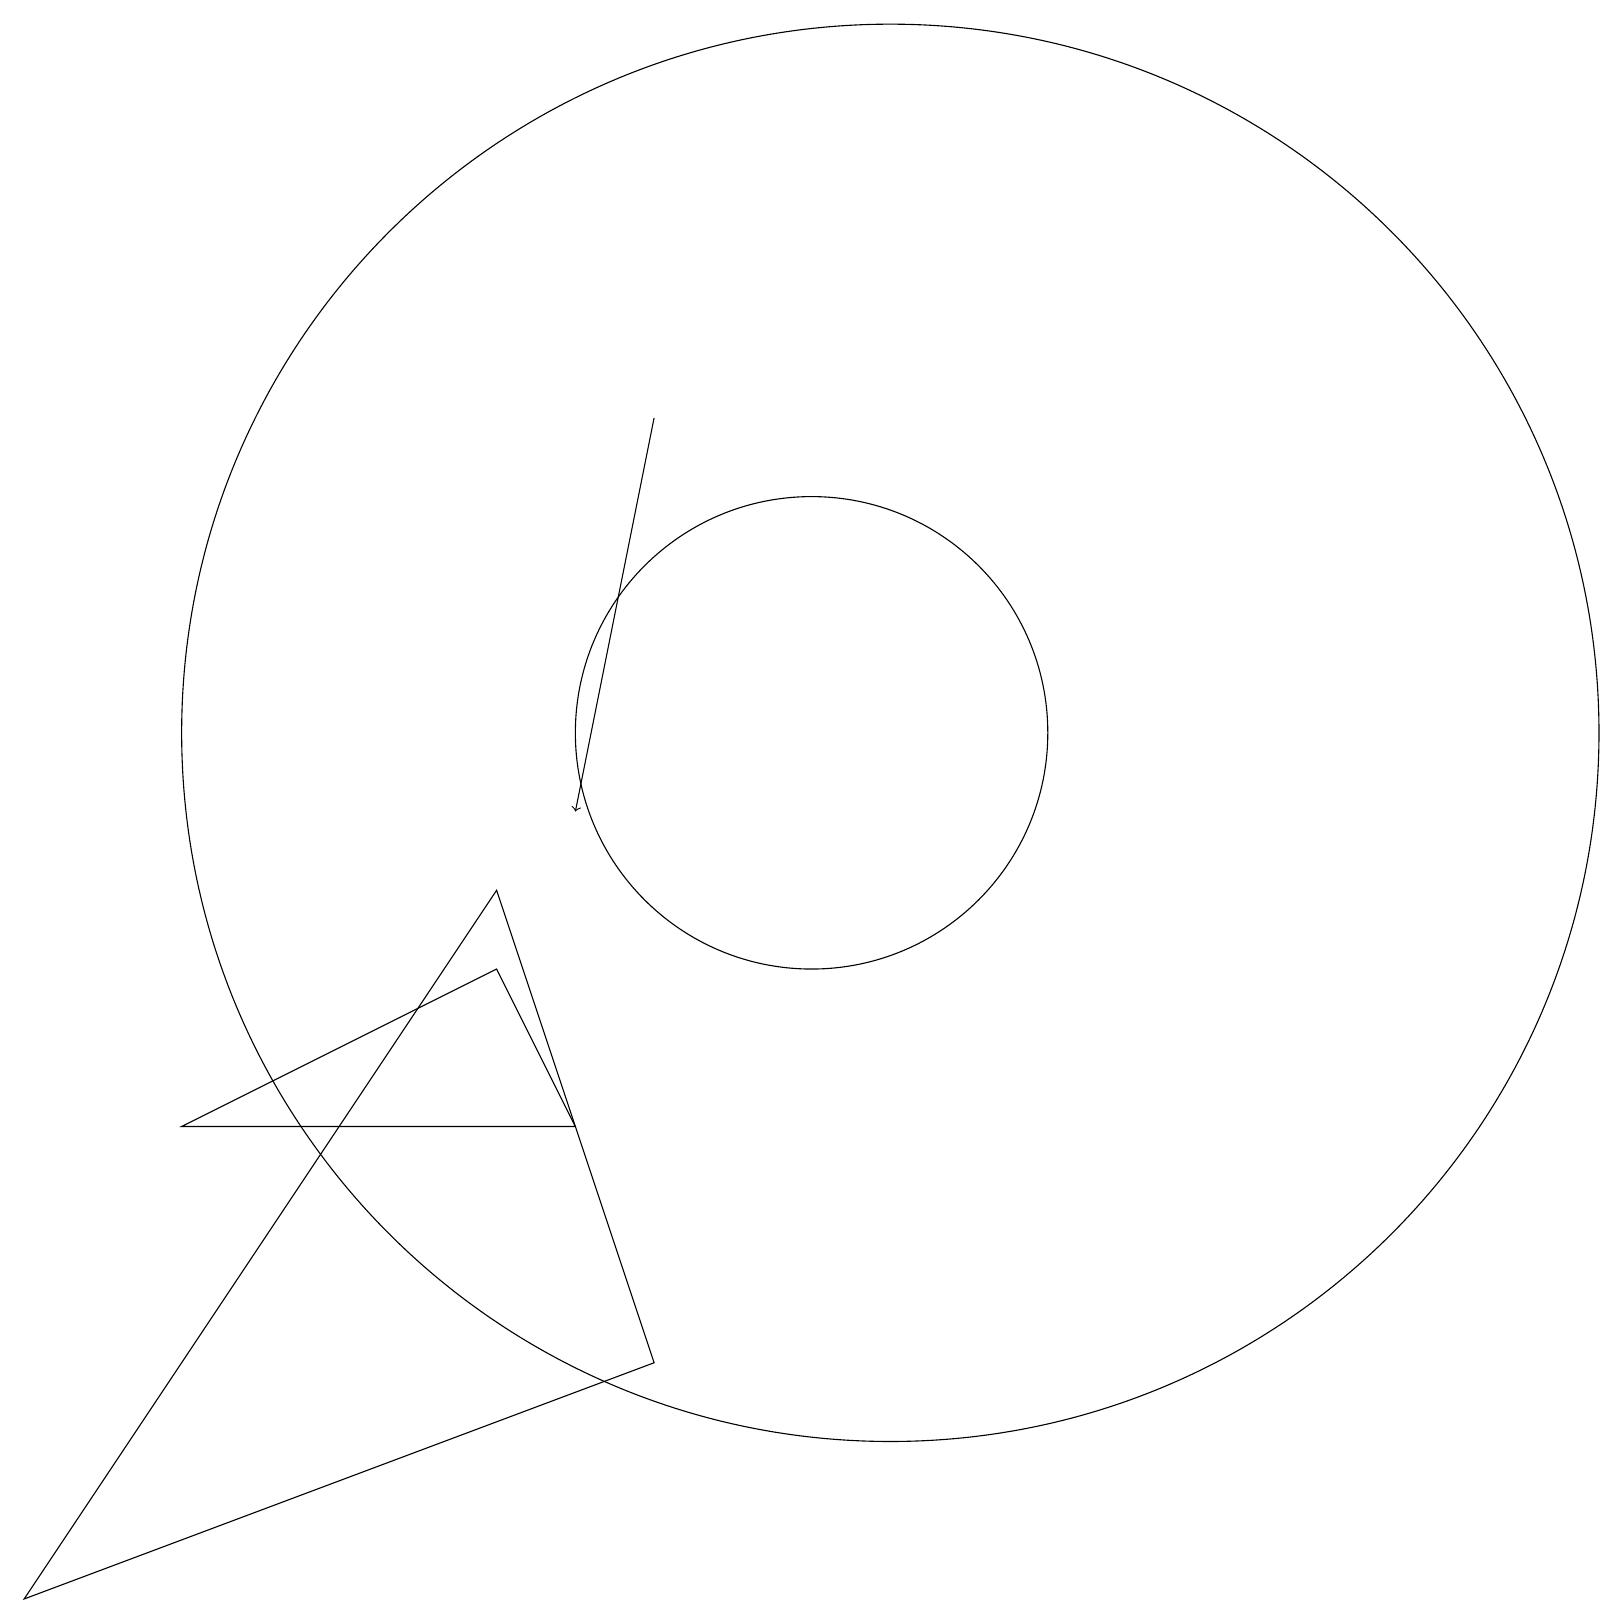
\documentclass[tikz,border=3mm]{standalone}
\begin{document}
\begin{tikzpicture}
\draw (11,11) circle (3);
\draw (7,9) -- (1,0) -- (9,3) -- cycle;
\draw (12,11) circle (9);
\draw (3,6) -- (8,6) -- (7,8) -- cycle;
\draw[->] (9,15) -- (8,10);
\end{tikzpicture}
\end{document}